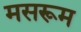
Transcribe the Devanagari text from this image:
मसरूम